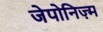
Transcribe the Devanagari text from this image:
जेपोनिज़्म